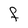
Character: F